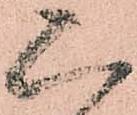
二